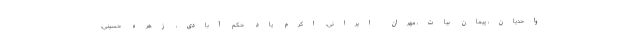
واحدیان، پیمان بیات، مهران ایرانی، اکرم یاد حکم آبادی، زهره حسینی،